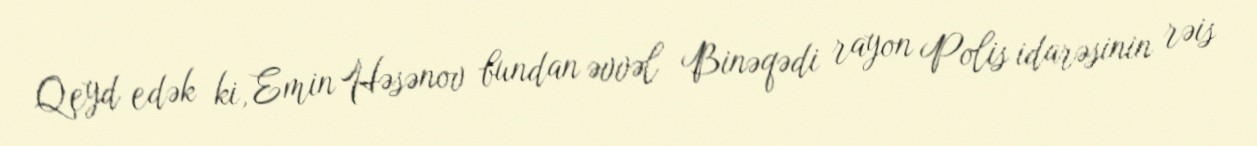
Qeyd edək ki, Emin Həsənov bundan əvvəl Binəqədi rayon Polis idarəsinin rəis